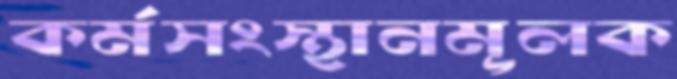
কর্মসংস্থানমূলক